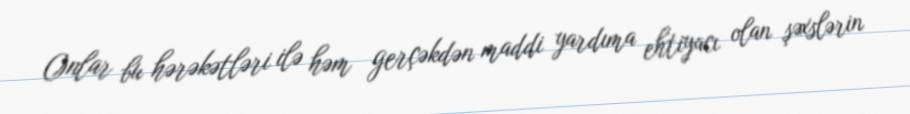
Onlar bu hərəkətləri ilə həm gerçəkdən maddi yardıma ehtiyacı olan şəxslərin